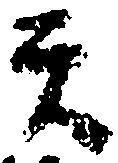
天